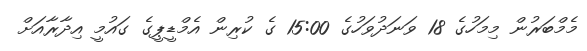
މެމްބަރުން މިމަހުގެ 18 ވަނަދުވަހުގެ 15:00 ގެ ކުރިން އެމްޑީޕީގެ ގައުމީ އިދާރާއަށް